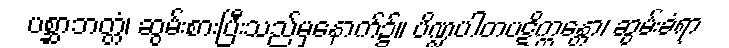
ပစ္ဆာဘတ္တံ၊ ဆွမ်းစားပြီးသည်မှနောက်၌။ ပိဏ္ဍပါတပဋိက္ကန္တော၊ ဆွမ်းခံရာ